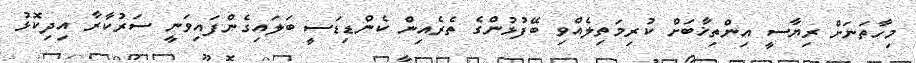
މިހާތަނަށް ރިޔާސީ އިންތިޚާބަށް ކުރިމަތިލެއްވި ބޭފުޅުންގެ ތެރެއިން ކެންޑިޑަސީ ބަލައިގެންފައިވަނީ ސަރުކާރާ އިދިކޮޅު